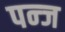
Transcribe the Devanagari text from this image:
पन्ज